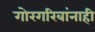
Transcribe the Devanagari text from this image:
गोरगरिबांनाही